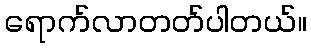
ရောက်လာတတ်ပါတယ်။